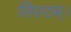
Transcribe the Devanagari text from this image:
सिस्टम्।